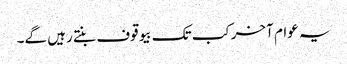
یہ عوام آخرکب تک بیوقوف بنتے رہیں گے۔